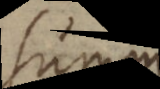
summ